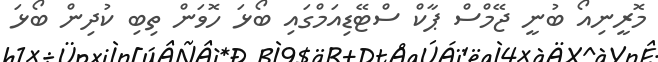
މޮރީނިއޯ ބުނީ ޖޭމްސް ޕާކް ސްޓޭޑިއަމްގައި ބޯޅަ ހޮވަން ތިބި ކުދިން ބޯޅަ